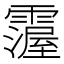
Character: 𩅵